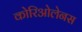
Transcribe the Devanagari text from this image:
कोरिओलेनस